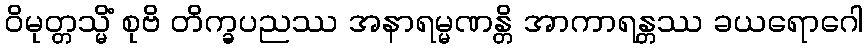
ဝိမုတ္တသ္မိံ စုဗိ တိက္ခပညဿ အနာရမ္မဏန္တိ အာကာရန္တဿ ခယရောဂေါ